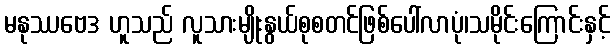
မနုဿဗေဒ ဟူသည် လူသားမျိုးနွယ်စုစတင်ဖြစ်ပေါ်လာပုံ၊သမိုင်းကြောင်းနှင့်